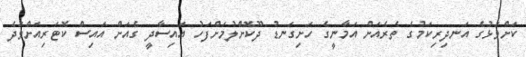
ކަށްވަޅުގެ އަނދިރިކަމުގެ ތެރެއަށް އަމާނީގެ ހަށިގަނޑު ދޫކޮށްލުމަށްފަހު އައިސާދީ ގެއަށް އައިސް ކޮޓަރިއަށްވަދެ